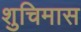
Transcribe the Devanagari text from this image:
शुचिमास